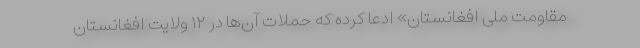
مقاومت ملی افغانستان» ادعا کرده‌ که حملات آن‌ها در ۱۲ ولایت افغانستان